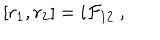
[ r _ { 1 } , r _ { 2 } ] = i { \cal F } _ { 1 2 } ~ ,